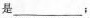
是___；